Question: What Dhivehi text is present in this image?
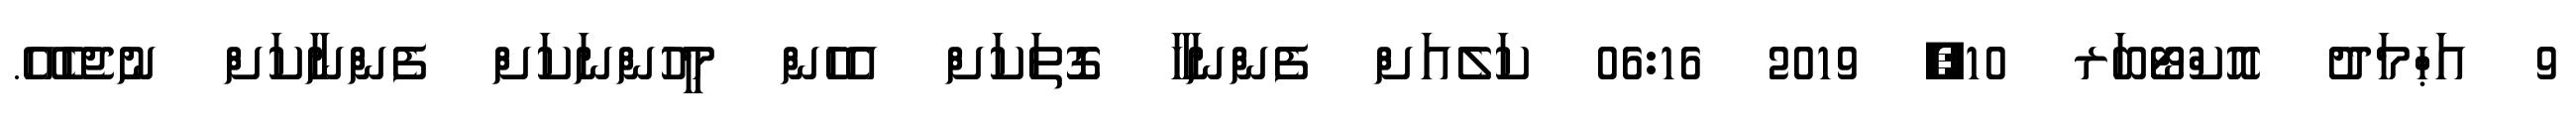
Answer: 9 އަޙްމަދު އޮކްޓޯބަރ 10, 2019 06:16 ކަލެއަށް ފެންނަހާ ގޮތަކަށް އެހެން މީހުންނަކަށް ފެންނާކަށް ނުޖެހެއޭ.